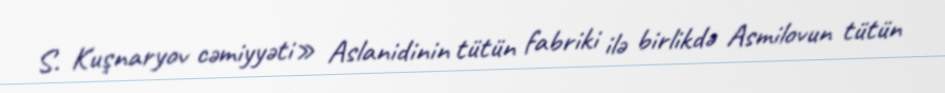
S. Kuşnaryov cəmiyyəti» Aslanidinin tütün fabriki ilə birlikdə Asmilovun tütün